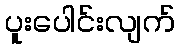
ပူးပေါင်းလျက်